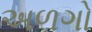
અળગો